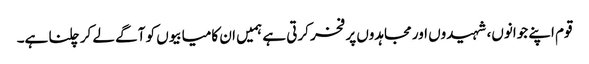
قوم اپنے جوانوں، شہیدوں اور مجاہدوں پر فخر کرتی ہے ہمیں ان کامیابیوں کو آگے لے کر چلنا ہے۔